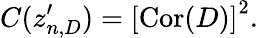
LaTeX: C(z_{n,D}^{\prime})=\left[\mathrm{Cor}(D)\right]^{2}.